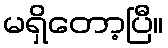
မရှိတော့ပြီ။